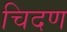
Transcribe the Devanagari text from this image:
चिदण